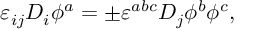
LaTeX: \varepsilon _ { i j } D _ { i } \phi ^ { a } = \pm \varepsilon ^ { a b c } D _ { j } \phi ^ { b } \phi ^ { c } ,